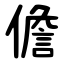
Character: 儋